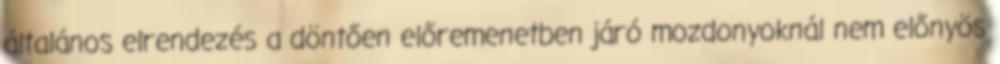
általános elrendezés a döntően előremenetben járó mozdonyoknál nem előnyös